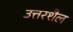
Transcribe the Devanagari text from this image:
उत्तरशैल